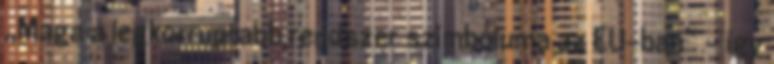
„Maga a legkorruptabb rendszer szimbóluma az EU-ban” – így